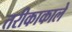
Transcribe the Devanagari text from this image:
तरीकाकाले